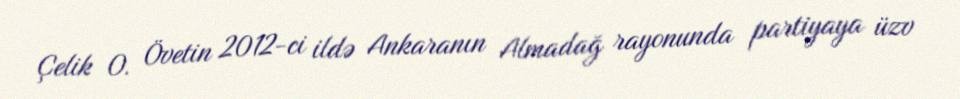
Çelik O. Övetin 2012-ci ildə Ankaranın Almadağ rayonunda partiyaya üzv